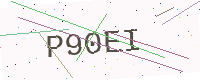
Text: P90EI